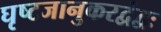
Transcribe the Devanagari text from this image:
घृष्टजानुकरद्वंद्वः